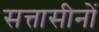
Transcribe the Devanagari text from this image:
सत्तासीनों